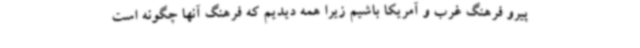
پیرو فرهنگ غرب و آمریکا باشیم زیرا همه دیدیم که فرهنگ آنها چگونه است